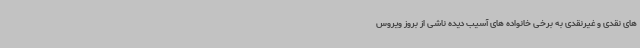
های نقدی و غیرنقدی به برخی خانواده های آسیب دیده ناشی از بروز ویروس